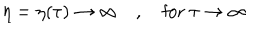
\eta = \eta ( \tau ) \to \infty \quad , \quad \mathrm { f o r } ~ \tau \to \infty